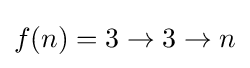
f(n)=3\rightarrow 3\rightarrow n